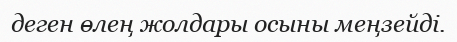
деген өлең жолдары осыны меңзейді.